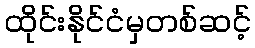
ထိုင်းနိုင်ငံမှတစ်ဆင့်